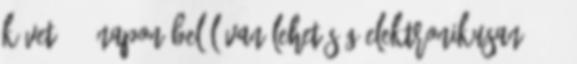
követő 10 napon belül van lehetőség elektronikusan. 4 5